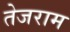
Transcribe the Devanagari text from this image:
तेजराम